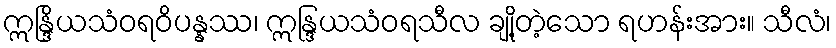
ဣန္ဒြိယသံဝရဝိပန္နဿ၊ ဣန္ဒြယသံဝရသီလ ချို့တဲ့သော ရဟန်းအား။ သီလံ၊